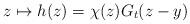
LaTeX: \begin{align*}z\mapsto h(z) = \chi(z)G_t(z-y)\end{align*}